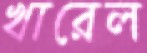
খারেল